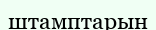
штамптарын